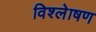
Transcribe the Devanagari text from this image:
विश्लेाषण